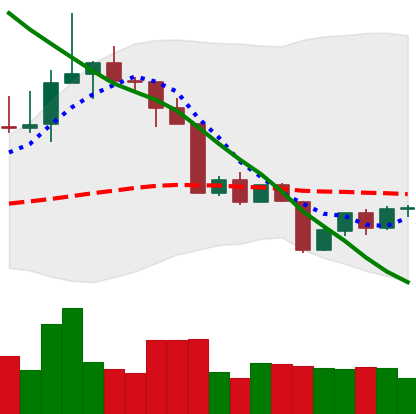
Ticker: TRX-USD
Chart end date: 2022-04-16
Forward return: 15.328%
Label: up_7plus